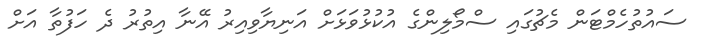
ސައުތުހެމްޓަން މެޗުގައި ސްމޯލިންގެ އުކުޅުވަޅަށް އަނިޔާވިއިރު އޭނާ އިތުރު ދެ ހަފުތާ އަށް